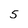
Character: 5